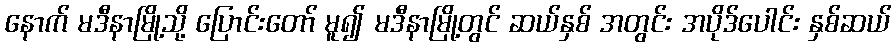
နောက် မဒီနာမြို့သို့ ပြောင်းတော် မူ၍ မဒီနာမြို့တွင် ဆယ်နှစ် အတွင်း အပိုဒ်ပေါင်း နှစ်ဆယ်